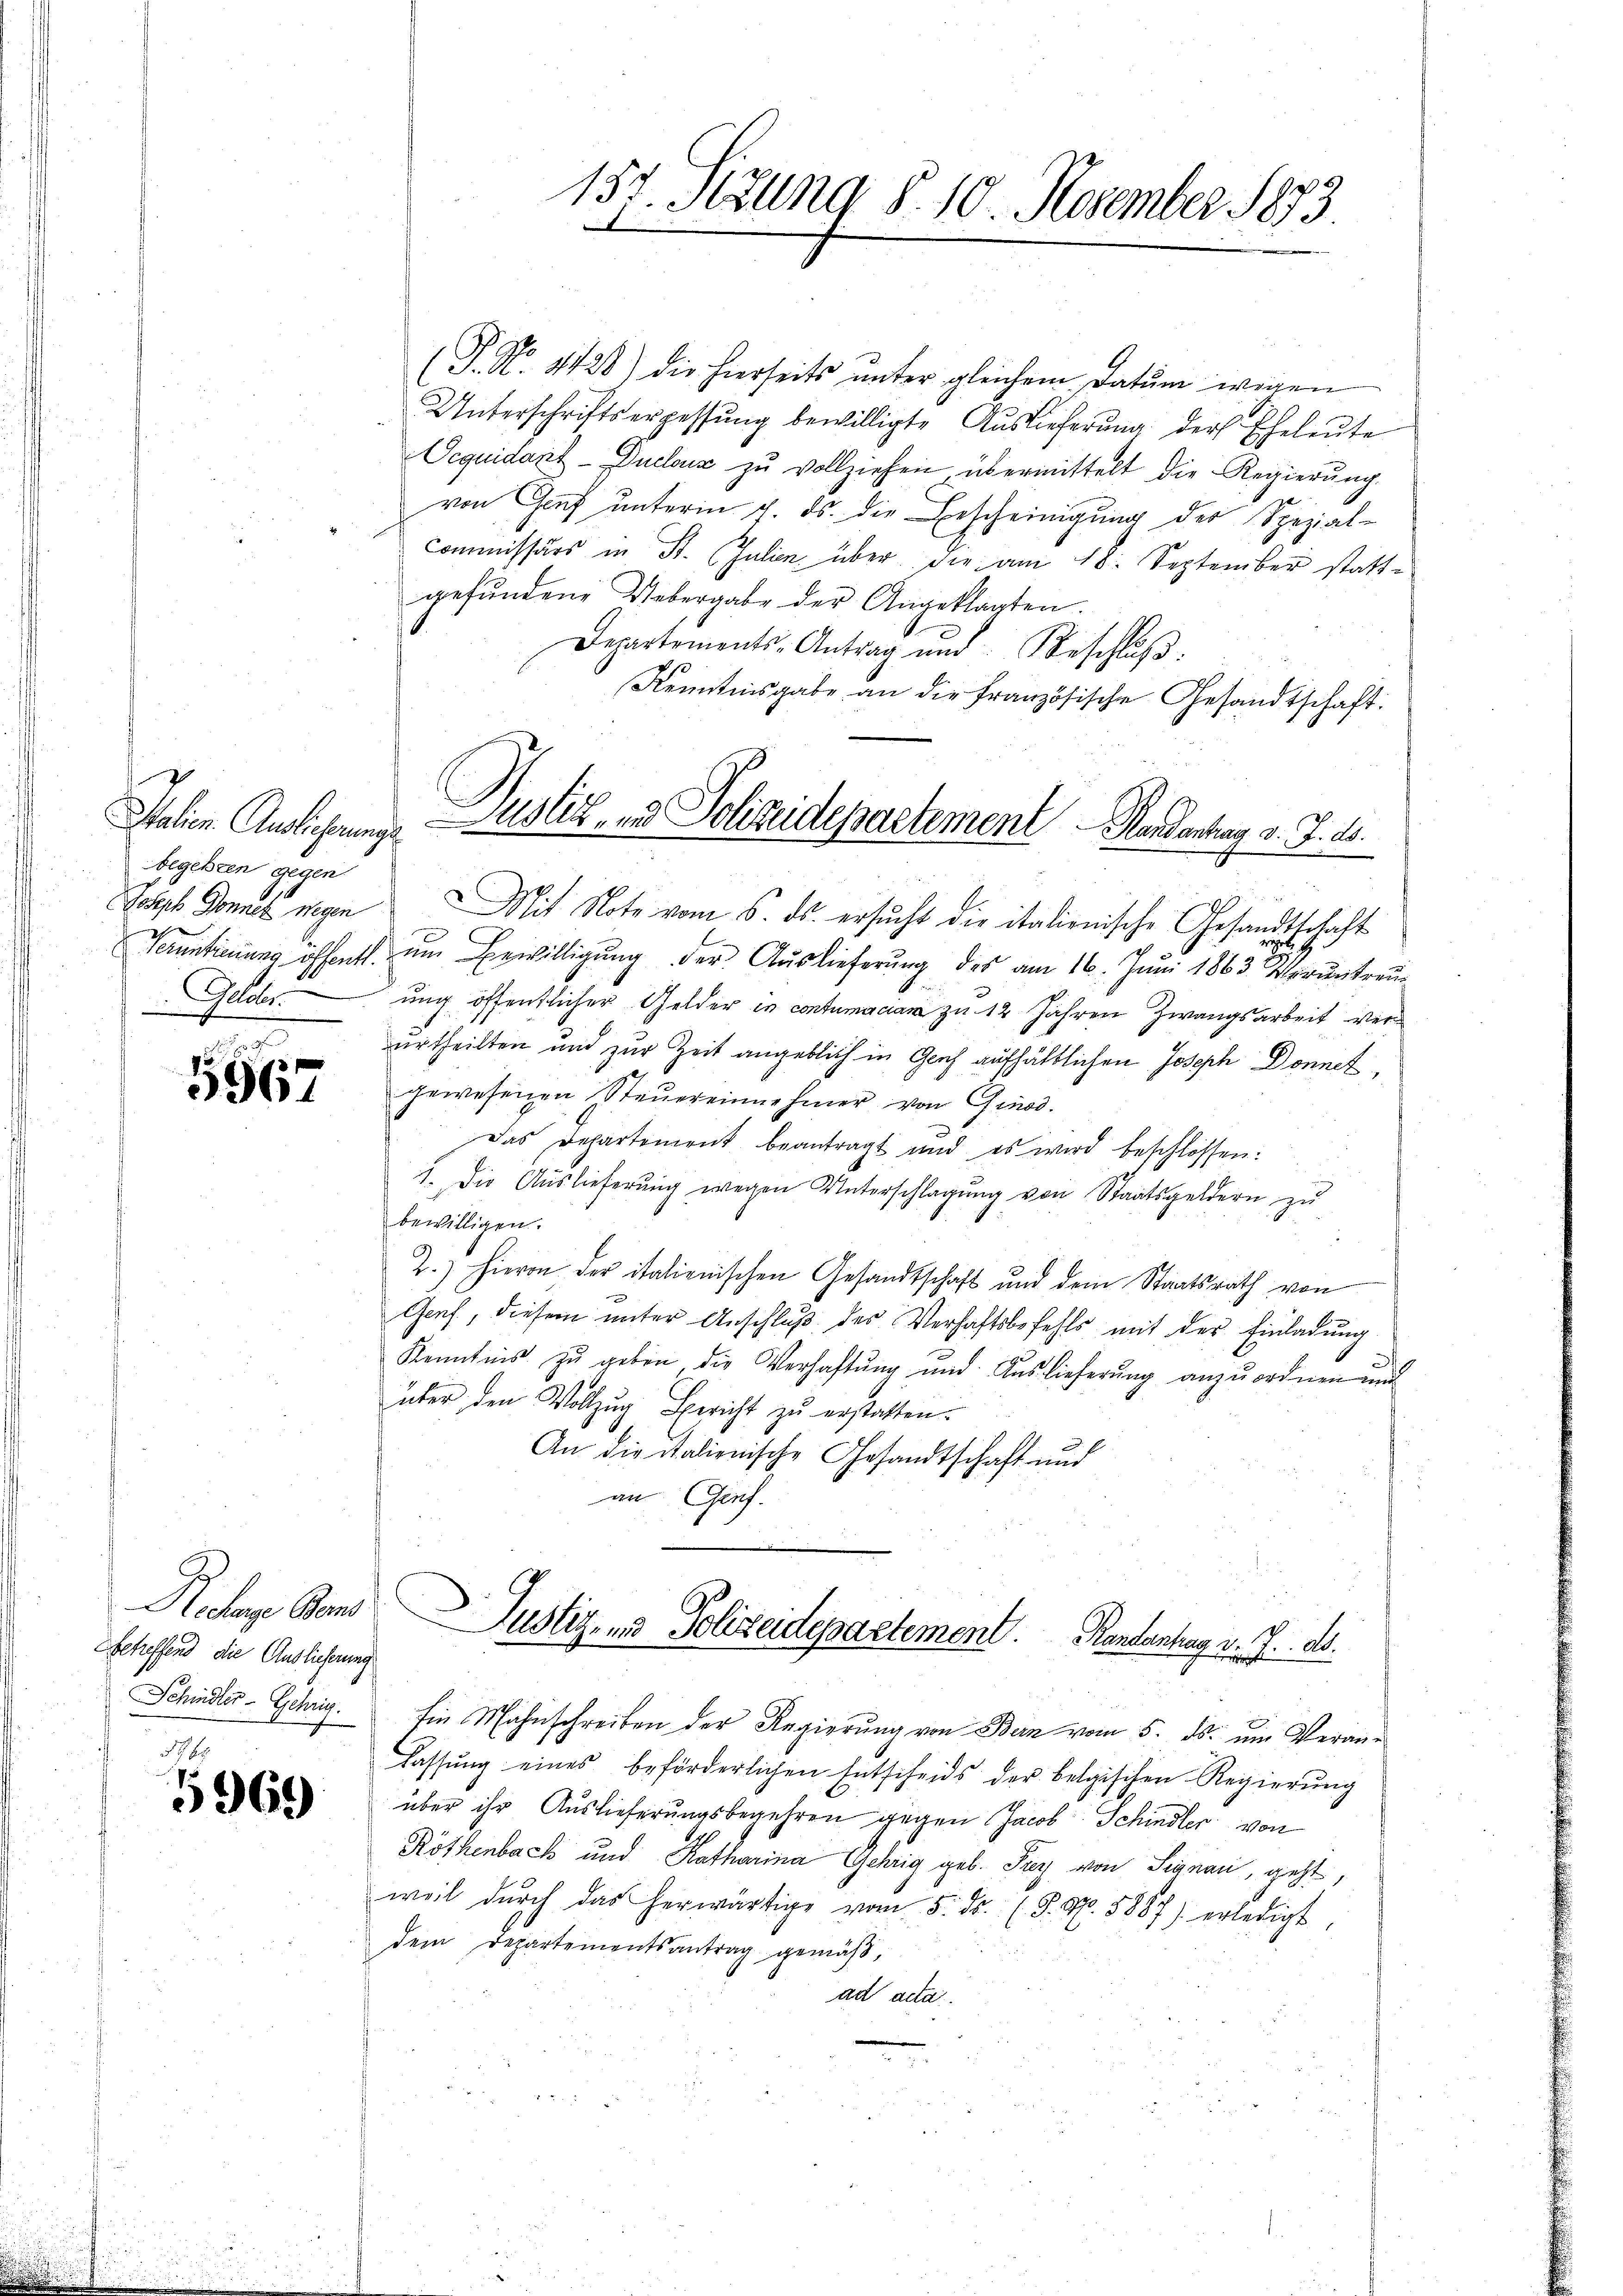
Italien Auslicherungs
begehren gegen
Gaa

5967

Rodare Gens
Ebetreffend die Auslieferung

5969

(J. No. 4128) die hierseits ŭnter gleichem Datum wegen
Unterschriftserpassung bewilligte Auslieferung der Eheleute
Ocquidant-Duclouz zŭ vollziehen übermittelt die Regierŭng
von Graf unterm 7. ds. die Bescheinigung der Spezial-
commissärs in St. Julin über die am 18. September stattgefŭndene Uebergabe der Angeklagten.
Departements-Antrag und Beschlŭβ
Kenntnisgabe an die französische Gesandtschaft:
Jospeh Donnes wegen Mit Note vom 6. ds. ersucht die italienische Gesandtschaft
Verantierung öffentl. ŭm Bewilligŭng der Aŭslieferŭng des am 16. Jŭni 1863. Veruntreu
ung öffentlicher Gelder in contumaciam zu 12 Jahren Zwangsarbeit verurtheilten und zur Zeit angeblich in Graf aufhältlichen Joseph Donnet
gewesenen Steŭereinnehmer von Girod.
Das Departement beantragt und es wird beschlossen:
1. Die Auslieferŭng wegen Unterschlagung von Staatsgeldern zu
bewilligen.
2.) Hievon der italienischen Gesandtschaft und dem Staatsrath von
Genf, diesem unter Anschluß des Verhaftsbefehls mit der Einladung
Kenntnis zu geben die Verhaftung und Auslieferung anzuordnen und
über den Vollzug Bericht zŭ erstatten.
An die italienische Gesandtschaft und
an Genf.
Justiz- und Polizeidepartement. Kantantrag v. J.. ds.
Schindler-Gehrig. Ein Mahnschreiben der Regierŭng von Bern vom 5. ds. um Veranlassŭng eines beförderlichen Entscheids der belgischen Regierŭng
über ihr Auslieferungsbegehren gegen Jacob Schindler von
Röthenbach und Katharina Gehrig geb. Frey von Signau, geht,
weil dŭrch das herwärtige vom 5. Fr. (S. Nr. 5887) erledigt,
dem Departementsantrag gemäß,
ad acta.

153. Sizung §. 10. November 1873

Justiz- & Polizeidepartement Handentrag v. J. 18.